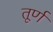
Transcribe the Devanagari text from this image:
तूर्ण